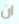
ان